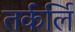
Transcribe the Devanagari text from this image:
तर्कर्लि